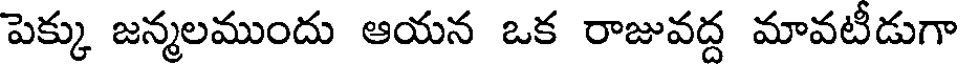
పెక్కు జన్మలముందు ఆయన ఒక రాజువద్ద మావటీడుగా